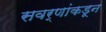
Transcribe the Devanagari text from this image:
सवर्णांकडून